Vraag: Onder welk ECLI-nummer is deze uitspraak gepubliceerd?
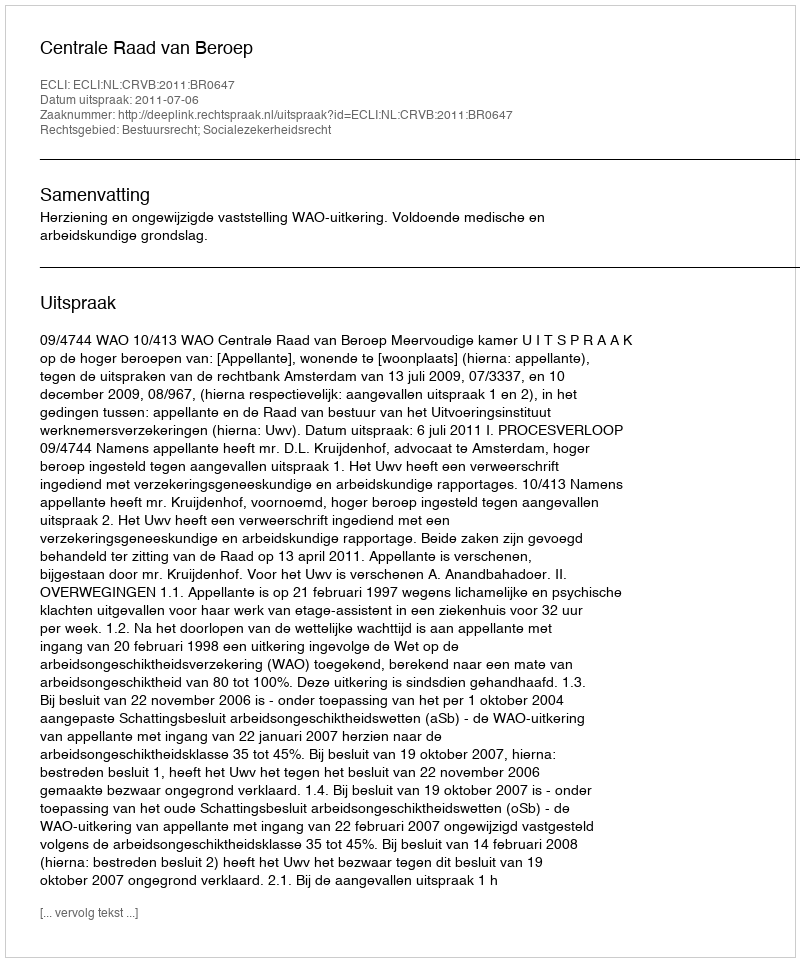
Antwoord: ECLI:NL:CRVB:2011:BR0647